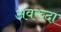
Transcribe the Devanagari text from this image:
अवरुदा